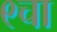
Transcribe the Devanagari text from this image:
९चा